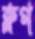
ক্লগ